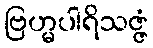
ဗြဟ္မပါရိသဇ္ဇံ